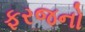
ફરજનો